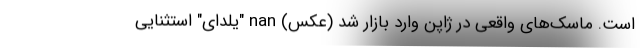
است. ماسک‌های واقعی در ژاپن وارد بازار شد (عکس) nan "یلدای" استثنایی